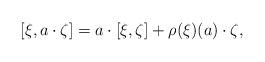
LaTeX: \begin{align*}[\xi, a\cdot\zeta]= a\cdot [\xi, \zeta]+ \rho(\xi)(a)\cdot \zeta,\end{align*}